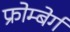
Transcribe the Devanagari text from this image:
फ्रोम्बेर्ग